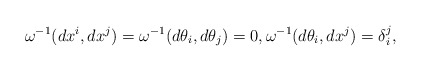
\begin{align*}\omega^{-1}(dx^i,dx^j)=\omega^{-1}(d\theta_i,d\theta_j)=0,\omega^{-1}(d\theta_i,dx^j)=\delta_i^j,\end{align*}